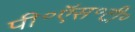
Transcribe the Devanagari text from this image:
पी॰ऍस॰टी॰